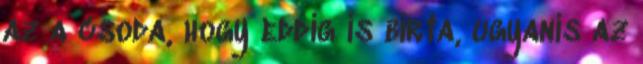
az a csoda, hogy eddig is bírta, ugyanis az